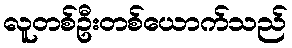
လူတစ်ဦးတစ်ယောက်သည်